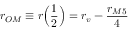
r _ { O M } \equiv r \Big ( \frac { 1 } { 2 } \Big ) = r _ { v } - \frac { r _ { M 5 } } { 4 }